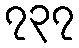
၇၃၇